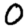
Digit: 0